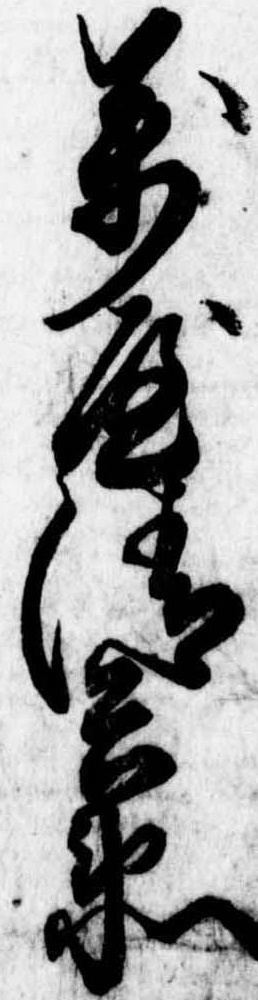
万屋清兵衛